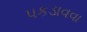
પકડાવવા